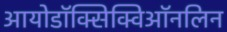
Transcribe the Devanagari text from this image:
आयोडॉक्सिक्विऑनलिन